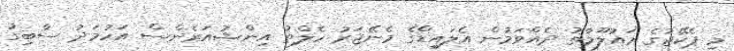
މި ޕެކޭޖުގެ މައުލޫމާތު ދެއްވަމުން އެލައިޑްގެ މެނޭޖަރު ހެލްތު އިންޝުއަރެންސް އަހުމަދު ސާބިގު